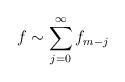
LaTeX: \begin{align*} f\sim \sum_{j=0}^\infty f_{m-j}\end{align*}